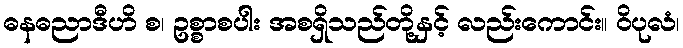
ဓနဓညာဒီဟိ စ၊ ဥစ္စာစပါး အစရှိသည်တို့နှင့် လည်းကောင်း။ ဝိပုလံ၊